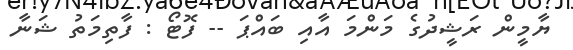
ޔާމީން ރަޝީދުގެ މަންމަ އާއި ބައްޕަ -- ފޮޓޯ : ފާތިމަތު ޝަނާ